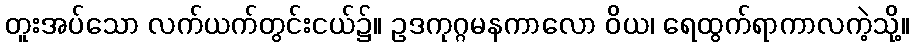
တူးအပ်သော လက်ယက်တွင်းငယ်၌။ ဥဒကုဂ္ဂမနကာလော ဝိယ၊ ရေထွက်ရာကာလကဲ့သို့။